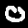
Digit: 0